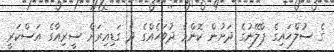
ގެ ސުލްހައިގެ ޕްލޭނުގެ ދަށުން ކޮންމެ ދުވަހެއްގެ ދެ ގަޑިއިރަށް ސީރިއާގެ އަސްކަރީ